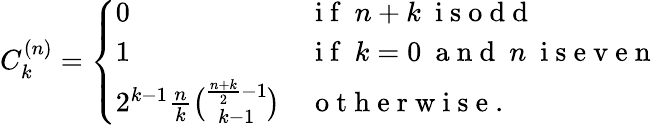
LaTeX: C_{k}^{(n)}=\left\{ \begin{array}{ll}{0}&{\mathrm{~i~f~}\ n+k\ \mathrm{~i~s~o~d~d~}}\\ {1}&{\mathrm{~i~f~}\ k=0\ \mathrm{~a~n~d~}\ n\ \mathrm{~i~s~e~v~e~n~}}\\ {2^{k-1}\frac{n}{k}{\binom{\frac{n+k}{2}-1}{k-1}}}&{\mathrm{~o~t~h~e~r~w~i~s~e~}.}\end{array}\right.